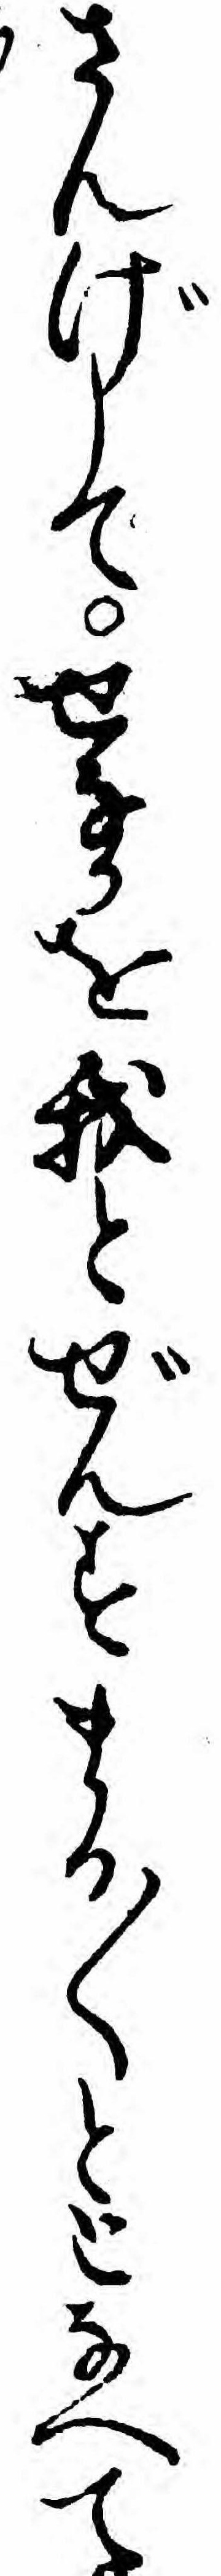
さんげしてせなかを我とぜんすまる〱ととなへて